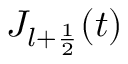
J _ { l + \frac { 1 } { 2 } } ( t )